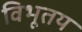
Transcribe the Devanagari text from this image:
विभूतय